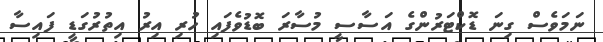
ނަމަވެސް ގިނަ ޑޮކްޓަރުންގެ އަސާސީ މުސާރަ ބޮޑުވެފައި ހުރި އިރު އިތުރުގަޑީ ފައިސާ